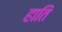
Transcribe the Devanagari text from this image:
हाति